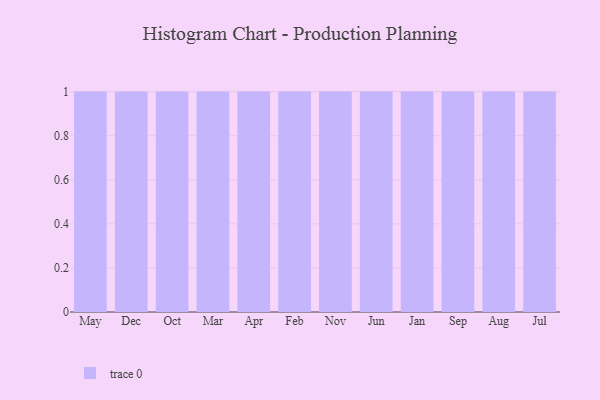
{"axis": {"x": "Month", "y": "Revenue (USD Million)"}, "legend": [""], "data": [{"x": "May", "y": 100, "type": ""}, {"x": "Dec", "y": 20, "type": ""}, {"x": "Oct", "y": 87, "type": ""}, {"x": "Mar", "y": 41, "type": ""}, {"x": "Apr", "y": 94, "type": ""}, {"x": "Feb", "y": 99, "type": ""}, {"x": "Nov", "y": 21, "type": ""}, {"x": "Jun", "y": 62, "type": ""}, {"x": "Jan", "y": 20, "type": ""}, {"x": "Sep", "y": 34, "type": ""}, {"x": "Aug", "y": 35, "type": ""}, {"x": "Jul", "y": 83, "type": ""}]}